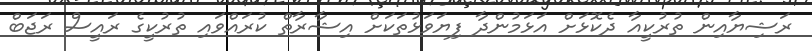
ރަޝިޔާއިން ތުރުކީއާ ދެކޮޅަށް އަޅަމުންދާ ފިޔަވަޅުތަކަށް އިޝާރާތް ކުރައްވައި ތުރުކީގެ ރައީސް ރަޖަބް